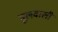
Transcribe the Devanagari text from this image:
मूलवाली